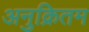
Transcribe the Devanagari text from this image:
अनुक्रितम